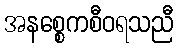
အနစ္စေကစီဝရသညီ